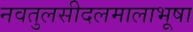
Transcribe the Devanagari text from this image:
नवतुलसीदलमालाभूषा